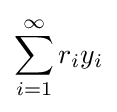
\sum _{i=1}^{\infty }r_{i}y_{i}